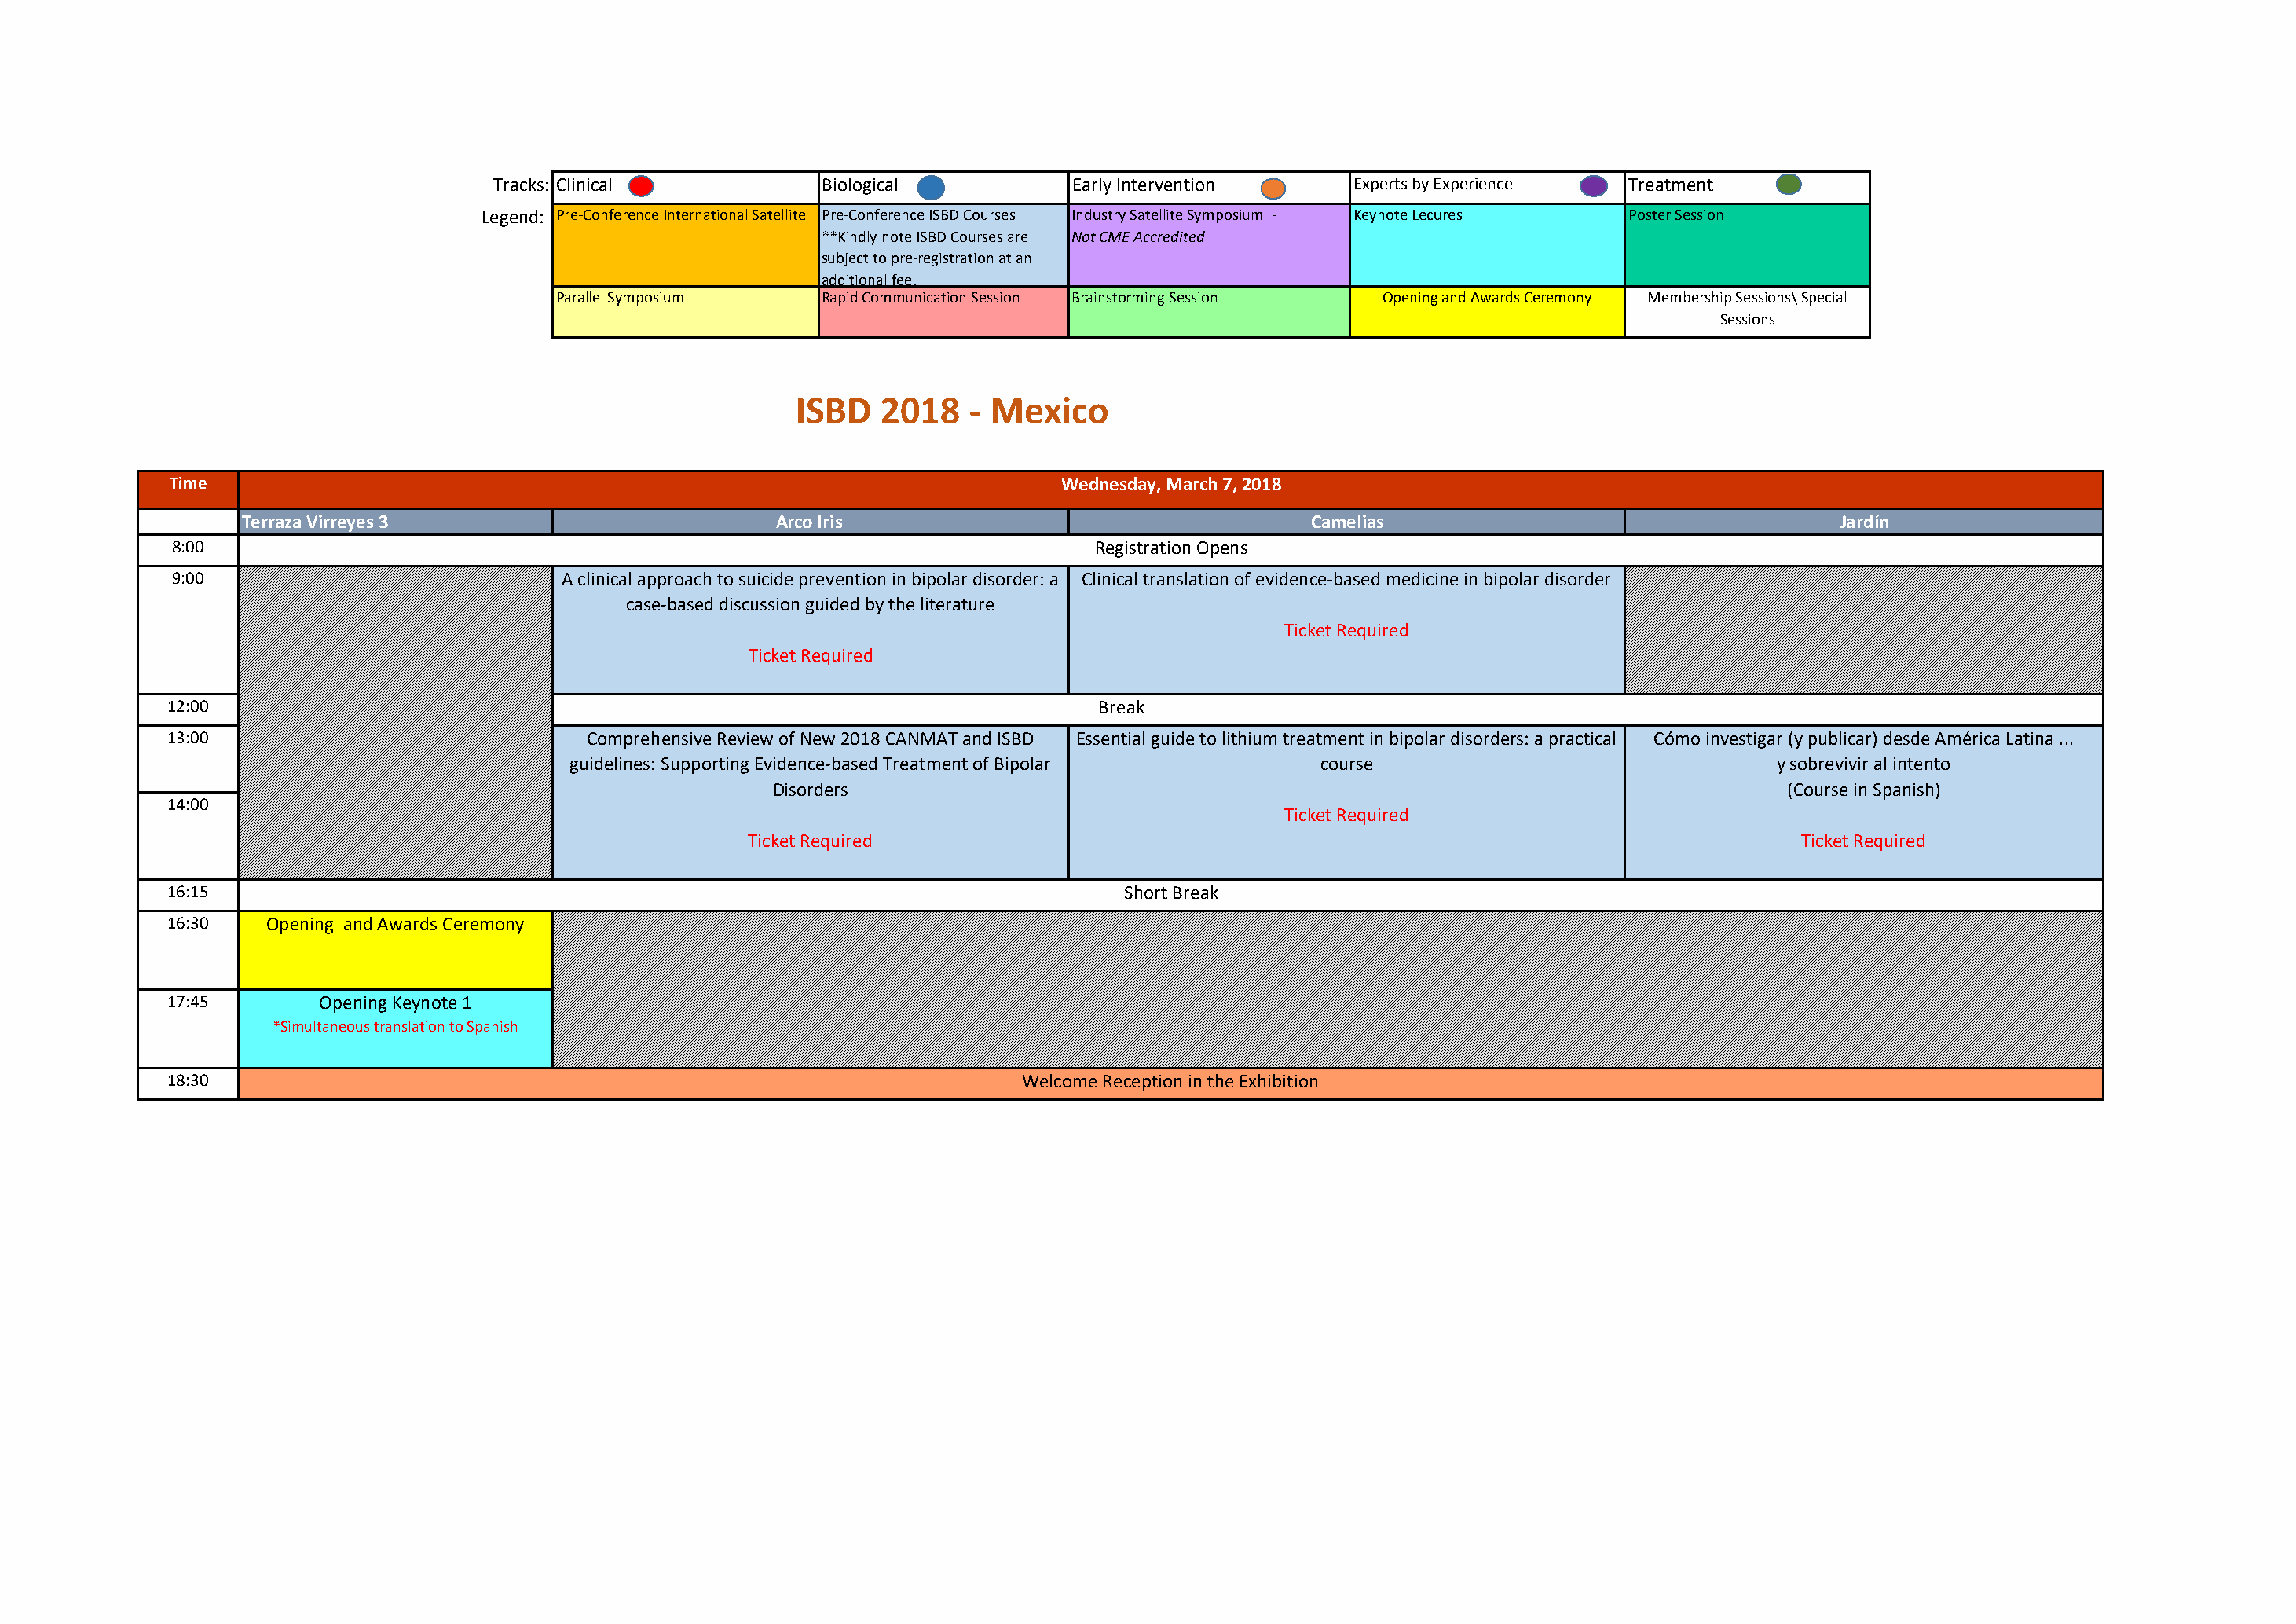
Tracks: Clinical           Biological           Early Intervention      Experts by Experience  Treatment
 Legend: Pre-Conference International Satellite Pre-Conference ISBD Courses Industry Satellite Symposium - Keynote Lecures Poster Session
 **Kindly note ISBD Courses are Not CME Accredited
 subject to pre-registration at an
 additional fee.
 Parallel Symposium    Rapid Communication Session Brainstorming Session Opening and Awards Ceremony Membership Sessions\ Special
 Sessions
 ISBD   2018    - Mexico
 Time                                                                       Wednesday, March 7, 2018
 Terraza Virreyes 3                           Arco Iris                                    Camelias                                     Jardín
 8:00                                                                          Registration Opens
 9:00                             A clinical approach to suicide prevention in bipolar disorder: a Clinical translation of evidence-based medicine in bipolar disorder
 case-based discussion guided by the literature
 Ticket Required
 Ticket Required
 12:00                                                                          Break
 13:00                              Comprehensive Review of New 2018 CANMAT and ISBD Essential guide to lithium treatment in bipolar disorders: a practical Cómo investigar (y publicar) desde América Latina ...
 guidelines: Supporting Evidence-based Treatment of Bipolar     course                                 y sobrevivir al intento
 Disorders                                                                             (Course in Spanish)
 14:00
 Ticket Required
 Ticket Required                                                                          Ticket Required
 16:15                                                                            Short Break
 16:30   Opening and Awards Ceremony
 17:45        Opening Keynote 1
 *Simultaneous translation to Spanish
 18:30                                                                   Welcome Reception in the Exhibition